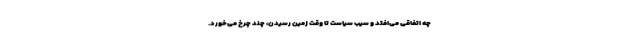
چه اتفاقی می‌افتد و سیب سیاست تا وقت زمین رسیدن، چند چرخ می‌خورد.